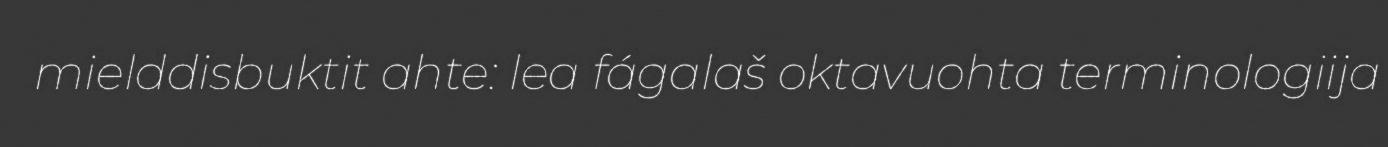
mielddisbuktit ahte: lea fágalaš oktavuohta terminologiija